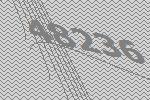
48236